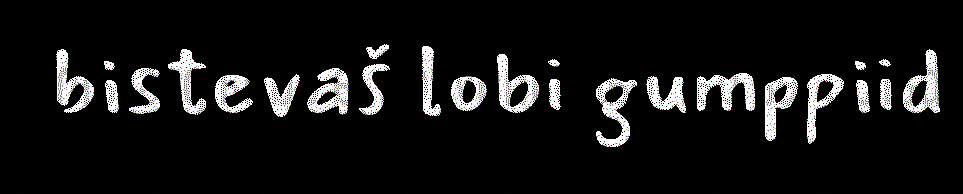
bistevaš lobi gumppiid